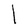
Character: l